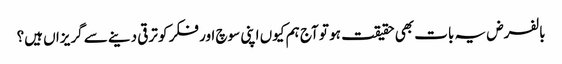
بالفرض یہ بات بھی حقیقت ہو تو آج ہم کیوں اپنی سوچ اور فکر کو ترقی دینے سے گریزاں ہیں؟